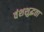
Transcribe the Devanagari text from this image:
वंशशुद्धता